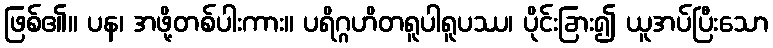
ဖြစ်၏။ ပန၊ အဖို့တစ်ပါးကား။ ပရိဂ္ဂဟိတရူပါရူပဿ၊ ပိုင်းခြား၍ ယူအပ်ပြီးသော